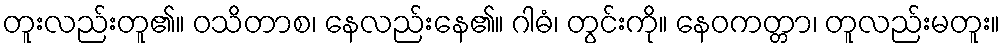
တူးလည်းတူ၏။ ဝသိတာစ၊ နေလည်းနေ၏။ ဂါဓံ၊ တွင်းကို။ နေဝကတ္တာ၊ တူလည်းမတူး။